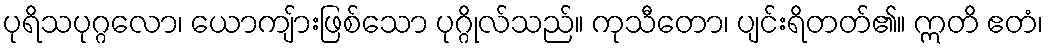
ပုရိသပုဂ္ဂလော၊ ယောကျ်ားဖြစ်သော ပုဂ္ဂိုလ်သည်။ ကုသီတော၊ ပျင်းရိတတ်၏။ ဣတိ ဧတံ၊